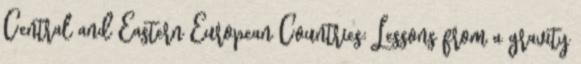
Central and Eastern European Countries: Lessons from a gravity